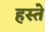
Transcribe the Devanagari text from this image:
हस्‍ते